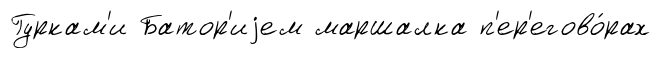
Гуркам'и Батор'иjем маршалка п'ер'егово́рах